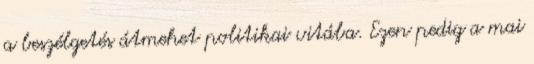
a beszélgetés átmehet politikai vitába. Ezen pedig a mai